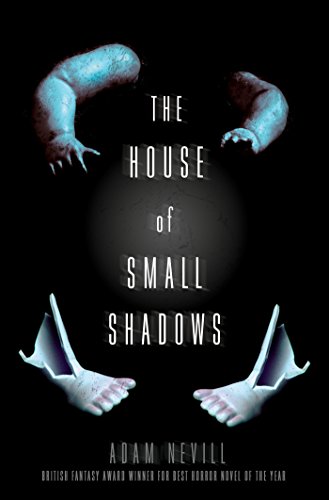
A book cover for The House of Small Shadows; Adam Nevill; Literature & Fiction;